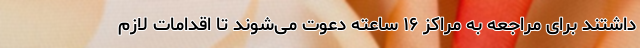
داشتند برای مراجعه به مراکز ۱۶ ساعته دعوت می‌شوند تا اقدامات لازم